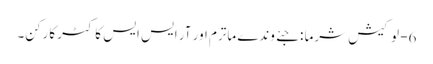
6- لوکیش شرما : جئے وندے ماترم اور آر ایس ایس کا کٹر کارکن۔